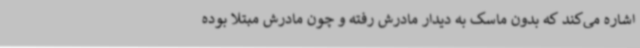
اشاره می‌کند که بدون ماسک به دیدار مادرش رفته و چون مادرش مبتلا بوده